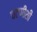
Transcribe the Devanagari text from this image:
चटणीशी